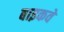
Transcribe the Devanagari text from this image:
बाइकवे